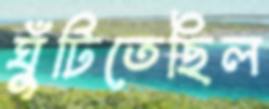
ঘুঁটিতেছিল